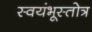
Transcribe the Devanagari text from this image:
स्वयंभूस्तोत्र